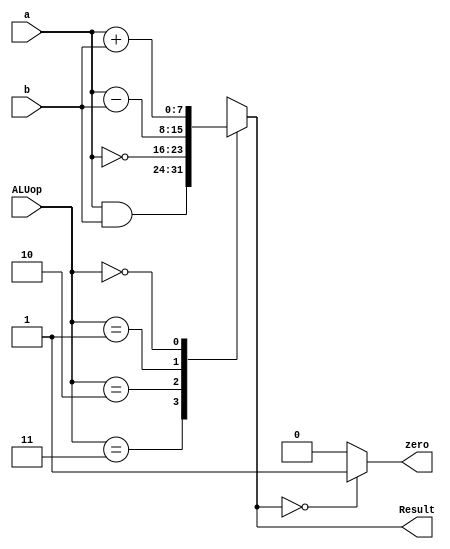
`timescale 1ps/1ps
module ALU(input [7:0] a, b, input [1:0] ALUop, output zero, output reg [7:0] Result);

assign zero = (Result == 8'b0) ? 1'b1 : 1'b0;

always@(a or b or ALUop)
	begin
        	case (ALUop)
                	3'b11:  Result = a & b;       // AND
                	3'b10:  Result =  ~a;        // NOT
                	3'b01:  Result = a - b;     // subtraction
			3'b00:  Result = a +  b;   // addition
                endcase
           end
endmodule